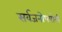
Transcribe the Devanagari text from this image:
सर्वजनाेपयाेगी